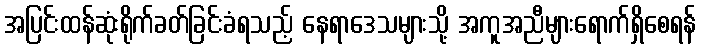
အပြင်းထန်ဆုံးရိုက်ခတ်ခြင်းခံရသည့် နေရာဒေသများသို့ အကူအညီများရောက်ရှိစေရန်